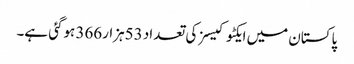
پاکستان میں ایکٹوکیسز کی تعداد 53ہزار366 ہوگئی ہے۔